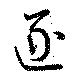
逐